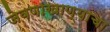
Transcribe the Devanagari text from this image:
जेवणाखाण्याचा